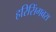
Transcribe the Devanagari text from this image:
हरिसिंगबरा